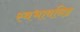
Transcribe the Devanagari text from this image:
स्वभावनिष्ट